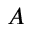
A